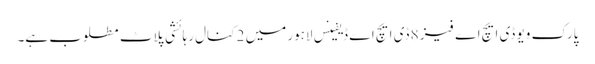
پارک ویو ڈی ایچ اے فیز 8 ڈی ایچ اے ڈیفینس لاہور میں 2 کنال رہائشی پلاٹ مطلوب ہے۔